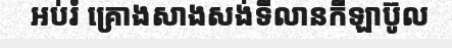
អប់រំ គ្រោងសាងសង់ទីលានកីឡាប៊ូល